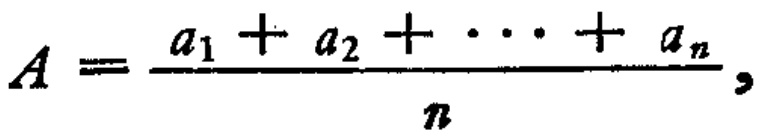
\[
A = \frac{a_{1} + a_{2} + \cdots + a_{n}}{n},
\]